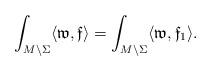
LaTeX: \begin{align*}\int_{M\setminus\Sigma}\langle\mathfrak{w},\mathfrak{f}\rangle=\int_{M\setminus\Sigma}\langle \mathfrak{w},\mathfrak{f}_1\rangle.\end{align*}